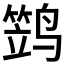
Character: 𱊢